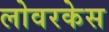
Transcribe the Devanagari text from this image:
लोवरकेस